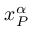
x _ { P } ^ { \alpha }